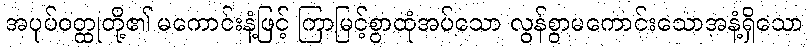
အပုပ်ဝတ္ထုတို့၏ မကောင်းနံ့ဖြင့် ကြာမြင့်စွာထုံအပ်သော လွန်စွာမကောင်းသောအနံ့ရှိသော